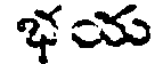
భయ